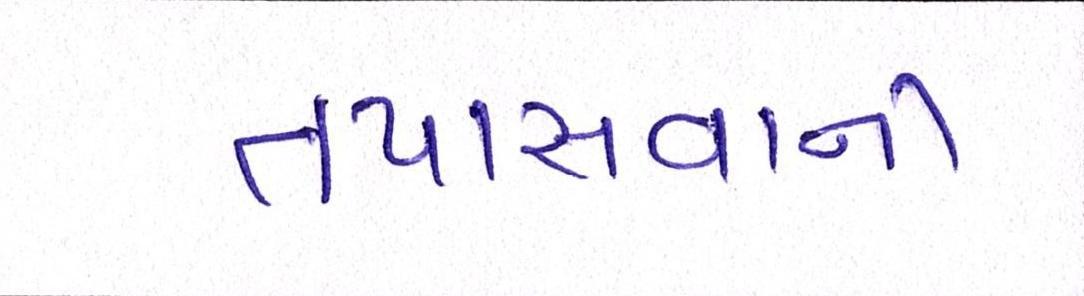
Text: તપાસવાની